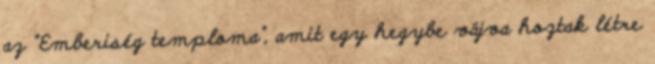
az “Emberiség temploma”, amit egy hegybe vájva hoztak létre